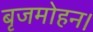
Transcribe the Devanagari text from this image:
बृजमोहन।